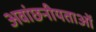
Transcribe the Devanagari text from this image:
अवांछनीयताओं